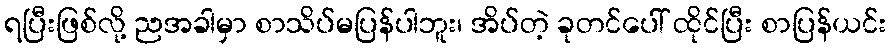
ရပြီးဖြစ်လို့ ညအခါမှာ စာသိပ်မပြန်ပါဘူး၊ အိပ်တဲ့ ခုတင်ပေါ် ထိုင်ပြီး စာပြန်ယင်း